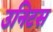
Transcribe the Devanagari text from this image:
उनिटस